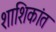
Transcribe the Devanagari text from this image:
शाशिकांत